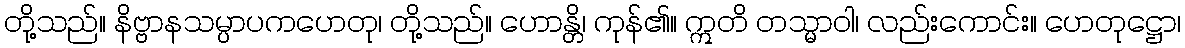
တို့သည်။ နိဗ္ဗာနသမ္ပာပကဟေတု၊ တို့သည်။ ဟောန္တိ၊ ကုန်၏။ ဣတိ တသ္မာဝါ၊ လည်းကောင်း။ ဟေတုဋ္ဌော၊